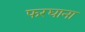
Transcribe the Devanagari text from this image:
फरघाना